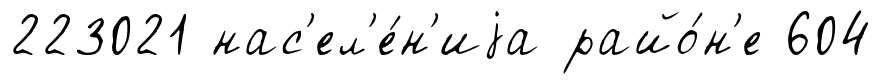
223021 нас'ел'е́н'иjа райо́н'е 604